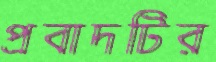
প্রবাদটির